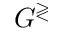
G ^ { \gtrless }